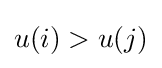
u(i)>u(j)